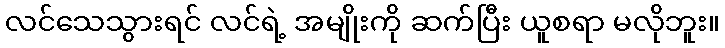
လင်သေသွားရင် လင်ရဲ့ အမျိုးကို ဆက်ပြီး ယူစရာ မလိုဘူး။